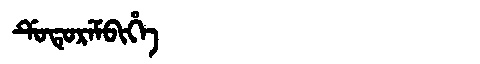
Manchu: ᡩᡠᡨᡠᡵᡝᠮᠪᡳᡥᡝ
Romanization: DUTUREMBIHE